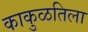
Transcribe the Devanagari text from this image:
काकुळतिला